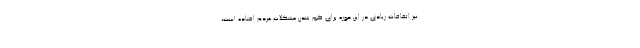
نیز اتفاقات زیادی در این‌ حوزه برای کم شدن مشکلات مردم افتاده است،